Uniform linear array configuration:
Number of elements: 48
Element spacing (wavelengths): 0.5
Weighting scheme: exponential
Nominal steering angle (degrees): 30
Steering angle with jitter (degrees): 31.148
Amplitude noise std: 0.05
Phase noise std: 0.05

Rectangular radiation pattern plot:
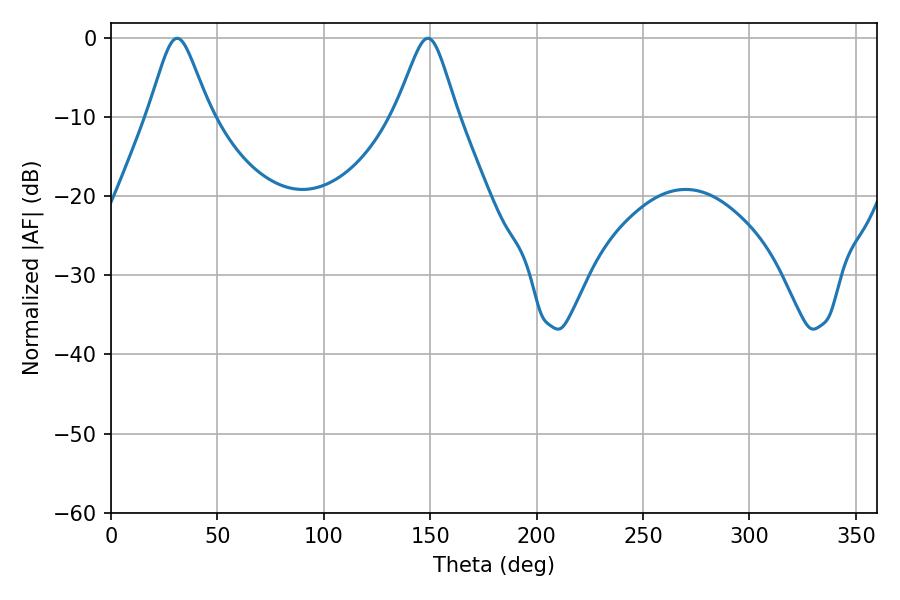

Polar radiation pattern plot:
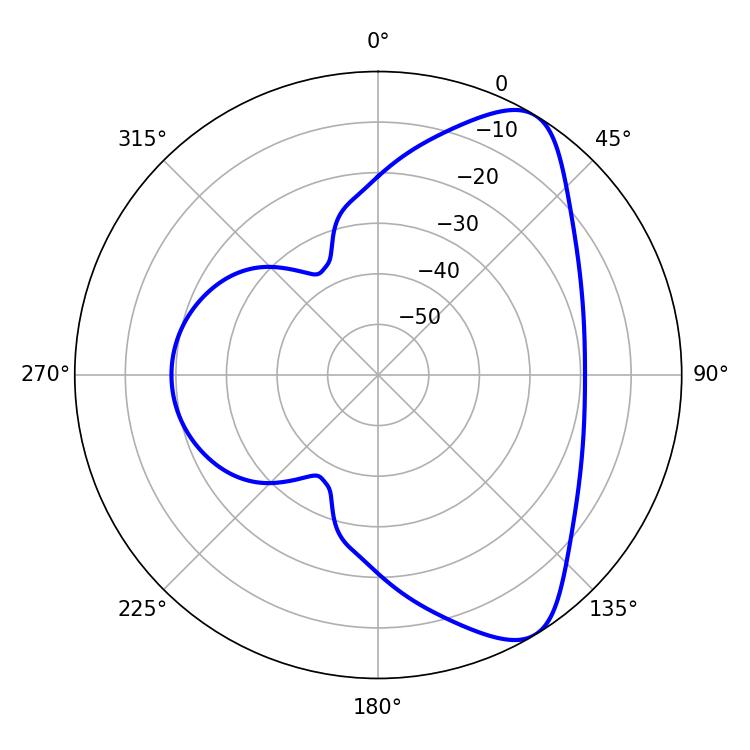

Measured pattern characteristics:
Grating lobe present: FALSE
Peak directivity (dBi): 7.927
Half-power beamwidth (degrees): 13.86
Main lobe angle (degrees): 31.14